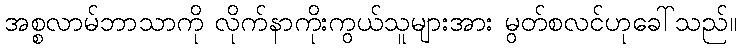
အစ္စလာမ်ဘာသာကို လိုက်နာကိုးကွယ်သူများအား မွတ်စလင်ဟုခေါ်သည်။